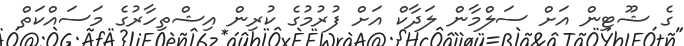
ގެ ޝޫޓިން އަށް ސަލްމާން ލަދާކް އަށް ފުރުމުގެ ކުރިން އިޝްތިހާރުގެ މަސައްކަތް